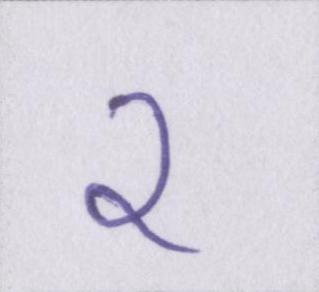
२